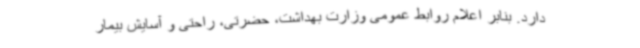
دارد. بنابر اعلام روابط عمومی وزارت بهداشت، حضرتی، راحتی و آسایش بیمار